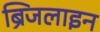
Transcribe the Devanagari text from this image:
ब्रिजलाइन